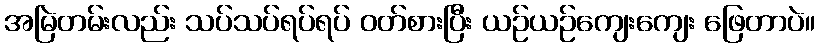
အမြဲတမ်းလည်း သပ်သပ်ရပ်ရပ် ဝတ်စားပြီး ယဉ်ယဉ်ကျေးကျေး ဖြေတာပဲ။